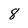
Character: 8